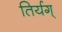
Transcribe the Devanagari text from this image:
तिर्यग्